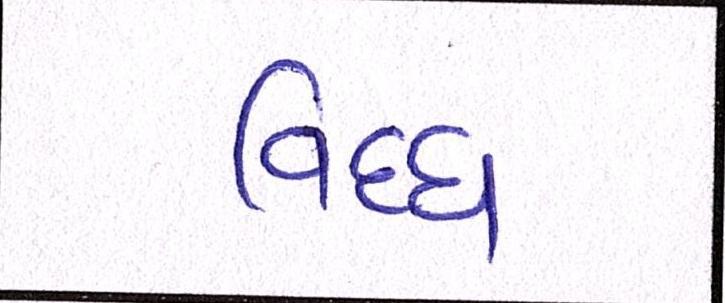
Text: વિધ્ધ